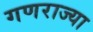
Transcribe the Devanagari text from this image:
गणराज्या